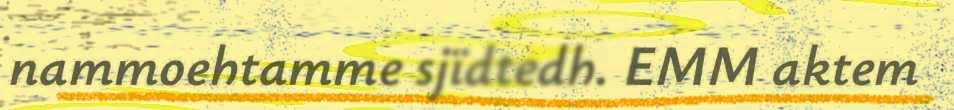
nammoehtamme sjïdtedh. EMM aktem